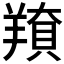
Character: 𦎳